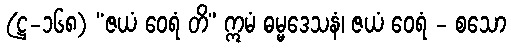
(ဋ္ဌ-၁၆၈) “ဇယံ ဝေရံ တိ” ဣမံ ဓမ္မဒေသနံ၊ ဇယံ ဝေရံ - စသော